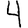
Digit: 4